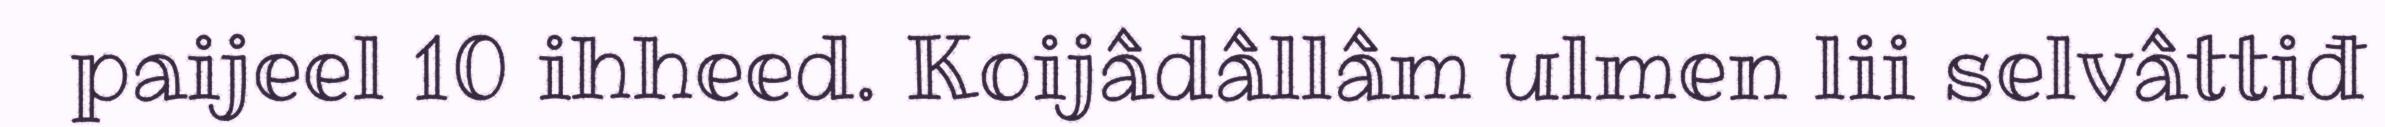
paijeel 10 ihheed. Koijâdâllâm ulmen lii selvâttiđ